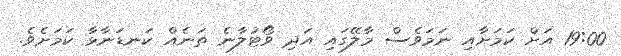
19:00 އަށް ކަމަށާއި ނަމަވެސް މާލޭގައި އަދި ވޯޓުލާނެ ތަނެއް ކަނޑަނާޅާ ކަމަށެވެ.